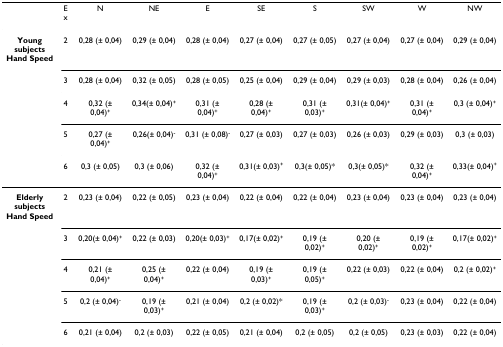
<table><thead><tr><td></td><td><b>Ex</b></td><td><b>N</b></td><td><b>NE</b></td><td><b>E</b></td><td><b>SE</b></td><td><b>S</b></td><td><b>SW</b></td><td><b>W</b></td><td><b>NW</b></td></tr></thead><tbody><tr><td><b>Young subjects Hand Speed</b></td><td>2</td><td>0,28 (± 0,04)</td><td>0,29 (± 0,04)</td><td>0,28 (± 0,04)</td><td>0,27 (± 0,04)</td><td>0,27 (± 0,05)</td><td>0,27 (± 0,04)</td><td>0,27 (± 0,04)</td><td>0,29 (± 0,04)</td></tr><tr><td></td><td>3</td><td>0,28 (± 0,04)</td><td>0,32 (± 0,05)</td><td>0,28 (± 0,05)</td><td>0,25 (± 0,04)</td><td>0,29 (± 0,04)</td><td>0,29 (± 0,03)</td><td>0,28 (± 0,04)</td><td>0,26 (± 0,04)</td></tr><tr><td></td><td>4</td><td>0,32 (± 0,04)<sup>+</sup></td><td>0,34(± 0,04)<sup>+</sup></td><td>0,31 (± 0,04)<sup>+</sup></td><td>0,28 (± 0,04)<sup>+</sup></td><td>0,31 (± 0,03)<sup>+</sup></td><td>0,31(± 0,04)<sup>+</sup></td><td>0,31 (± 0,04)<sup>+</sup></td><td>0,3 (± 0,04)<sup>+</sup></td></tr><tr><td></td><td>5</td><td>0,27 (± 0,04)<sup>+</sup></td><td>0,26(± 0,04)<sup>-</sup></td><td>0,31 (± 0,08)<sup>-</sup></td><td>0,27 (± 0,03)</td><td>0,27 (± 0,03)</td><td>0,26 (± 0,03)</td><td>0,29 (± 0,03)</td><td>0,3 (± 0,03)</td></tr><tr><td></td><td>6</td><td>0,3 (± 0,05)</td><td>0,3 (± 0,06)</td><td>0,32 (± 0,04)<sup>+</sup></td><td>0,31(± 0,03)<sup>+</sup></td><td>0,3(± 0,05)*</td><td>0,3(± 0,05)*</td><td>0,32 (± 0,04)<sup>+</sup></td><td>0,33(± 0,04)<sup>+</sup></td></tr><tr><td><b>Elderly subjects Hand Speed</b></td><td>2</td><td>0,23 (± 0,04)</td><td>0,22 (± 0,05)</td><td>0,23 (± 0,04)</td><td>0,22 (± 0,04)</td><td>0,22 (± 0,04)</td><td>0,23 (± 0,04)</td><td>0,23 (± 0,04)</td><td>0,23 (± 0,04)</td></tr><tr><td></td><td>3</td><td>0,20(± 0,04)<sup>+</sup></td><td>0,22 (± 0,03)</td><td>0,20(± 0,03)<sup>+</sup></td><td>0,17(± 0,02)<sup>+</sup></td><td>0,19 (± 0,02)<sup>+</sup></td><td>0,20 (± 0,02)<sup>+</sup></td><td>0,19 (± 0,02)<sup>+</sup></td><td>0,17(± 0,02)<sup>+</sup></td></tr><tr><td></td><td>4</td><td>0,21 (± 0,04)<sup>+</sup></td><td>0,25 (± 0,04)<sup>+</sup></td><td>0,22 (± 0,04)</td><td>0,19 (± 0,03)<sup>+</sup></td><td>0,19 (± 0,05)<sup>+</sup></td><td>0,22 (± 0,03)</td><td>0,22 (± 0,04)</td><td>0,2 (± 0,02)<sup>+</sup></td></tr><tr><td></td><td>5</td><td>0,2 (± 0,04)<sup>-</sup></td><td>0,19 (± 0,03)<sup>+</sup></td><td>0,21 (± 0,04)</td><td>0,2 (± 0,02)*</td><td>0,19 (± 0,03)<sup>+</sup></td><td>0,2 (± 0,03)<sup>-</sup></td><td>0,23 (± 0,04)</td><td>0,22 (± 0,04)</td></tr><tr><td></td><td>6</td><td>0,21 (± 0,04)</td><td>0,2 (± 0,03)</td><td>0,22 (± 0,05)</td><td>0,21 (± 0,04)</td><td>0,2 (± 0,05)</td><td>0,2 (± 0,05)</td><td>0,23 (± 0,03)</td><td>0,22 (± 0,04)</td></tr></tbody></table>